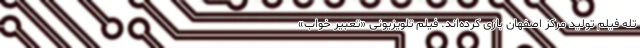
تله فیلم تولید مرکز اصفهان بازی کرده‌اند. فیلم تلویزیونی «تعبیر خواب»